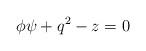
LaTeX: \begin{align*} \phi \psi + q^{2} - z= 0\end{align*}